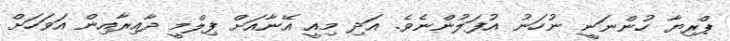
ޕްރިޔާ ހުންނަނީ ނުހަނު އުފަލުންނެވެ. އަދި މިއީ އޭނާއަށް ފިލްމީ ދާއިރާއިން އަވަހަށް